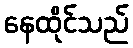
နေထိုင်သည်